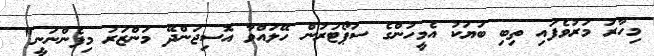
މިހާރު މަރުވެފައި ތިބި ބަޔަކު އެމީހުންގެ ސަޕޯޓަރުން ހޭލައްވާ އޮސިޖަންދޭ މަންޒަރު މިފެންނަނީ"